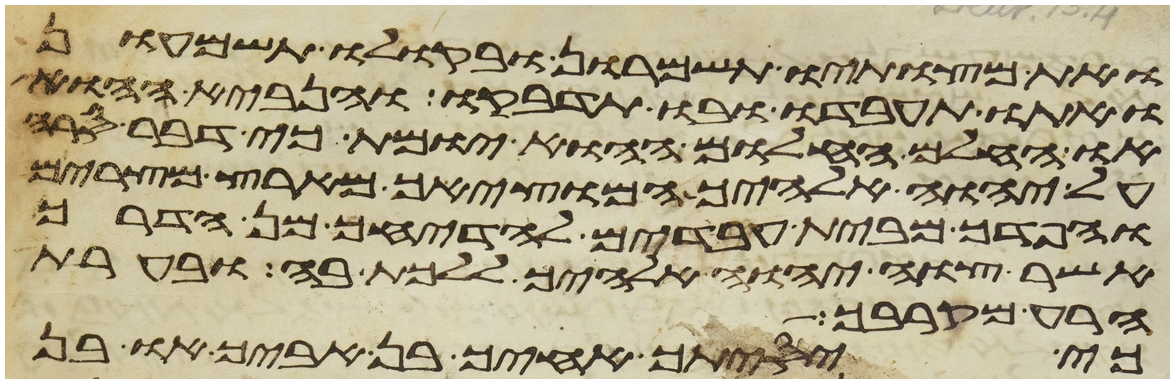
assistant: ואת מצותיו תשמרון ובקולו תשמעון
ואתו תעבדו ובו תדבקו והנביא ההוא
או החלם החלום ההוא יומת כי דבר סרה
על יהוה אלהיך המוציאך מארץ מצרים
והפדך מבית עבדים להדיחך מן הדרך
אשר צוך יהוה אלהיך ללכת בה ובערת
הרע מקרבך
כי יסיתך אחיך בן אביך או בן